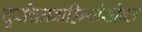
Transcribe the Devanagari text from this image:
दुरचित्रवाहिन्यांसोबत